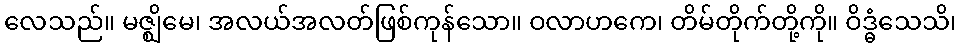
လေသည်။ မဇ္ဈိမေ၊ အလယ်အလတ်ဖြစ်ကုန်သော။ ဝလာဟကေ၊ တိမ်တိုက်တို့ကို။ ဝိဒ္ဓံသေသိ၊